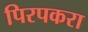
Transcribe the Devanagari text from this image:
पिरपकरा